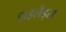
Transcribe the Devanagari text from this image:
हाइलैंड्स्